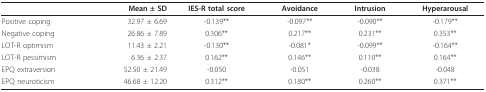
<table><thead><tr><td></td><td><b>Mean ± SD</b></td><td><b>IES-R total score</b></td><td><b>Avoidance</b></td><td><b>Intrusion</b></td><td><b>Hyperarousal</b></td></tr></thead><tbody><tr><td>Positive coping</td><td>32.97 ± 6.69</td><td>-0.139**</td><td>-0.097**</td><td>-0.090**</td><td>-0.179**</td></tr><tr><td>Negative coping</td><td>26.86 ± 7.89</td><td>0.306**</td><td>0.217**</td><td>0.231**</td><td>0.353**</td></tr><tr><td>LOT-R optimism</td><td>11.43 ± 2.21</td><td>-0.130**</td><td>-0.081*</td><td>-0.099**</td><td>-0.164**</td></tr><tr><td>LOT-R pessimism</td><td>6.36 ± 2.37</td><td>0.162**</td><td>0.146**</td><td>0.110**</td><td>0.164**</td></tr><tr><td>EPQ extraversion</td><td>52.50 ± 21.49</td><td>-0.050</td><td>-0.051</td><td>-0.038</td><td>-0.048</td></tr><tr><td>EPQ neuroticism</td><td>46.68 ± 12.20</td><td>0.312**</td><td>0.180**</td><td>0.260**</td><td>0.371**</td></tr></tbody></table>